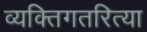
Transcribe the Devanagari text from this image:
व्यक्तिगतरित्या